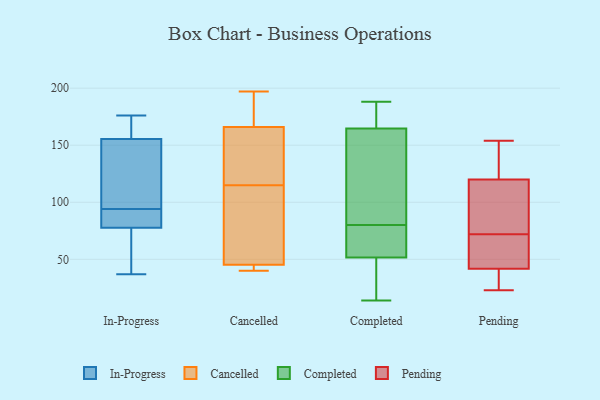
{"axis": {"x": "Tickets Resolved", "y": "Value"}, "legend": ["Cancelled", "Completed", "In-Progress", "Pending"], "data": [{"x": "", "y": 76, "type": "In-Progress"}, {"x": "", "y": 115, "type": "In-Progress"}, {"x": "", "y": 83, "type": "In-Progress"}, {"x": "", "y": 37, "type": "In-Progress"}, {"x": "", "y": 176, "type": "In-Progress"}, {"x": "", "y": 86, "type": "In-Progress"}, {"x": "", "y": 63, "type": "In-Progress"}, {"x": "", "y": 171, "type": "In-Progress"}, {"x": "", "y": 169, "type": "In-Progress"}, {"x": "", "y": 94, "type": "In-Progress"}, {"x": "", "y": 104, "type": "In-Progress"}, {"x": "", "y": 121, "type": "Cancelled"}, {"x": "", "y": 64, "type": "Cancelled"}, {"x": "", "y": 197, "type": "Cancelled"}, {"x": "", "y": 186, "type": "Cancelled"}, {"x": "", "y": 43, "type": "Cancelled"}, {"x": "", "y": 43, "type": "Cancelled"}, {"x": "", "y": 52, "type": "Cancelled"}, {"x": "", "y": 151, "type": "Cancelled"}, {"x": "", "y": 40, "type": "Cancelled"}, {"x": "", "y": 171, "type": "Cancelled"}, {"x": "", "y": 115, "type": "Cancelled"}, {"x": "", "y": 65, "type": "Completed"}, {"x": "", "y": 188, "type": "Completed"}, {"x": "", "y": 100, "type": "Completed"}, {"x": "", "y": 143, "type": "Completed"}, {"x": "", "y": 74, "type": "Completed"}, {"x": "", "y": 177, "type": "Completed"}, {"x": "", "y": 14, "type": "Completed"}, {"x": "", "y": 14, "type": "Completed"}, {"x": "", "y": 68, "type": "Completed"}, {"x": "", "y": 173, "type": "Completed"}, {"x": "", "y": 47, "type": "Completed"}, {"x": "", "y": 181, "type": "Completed"}, {"x": "", "y": 139, "type": "Completed"}, {"x": "", "y": 21, "type": "Completed"}, {"x": "", "y": 80, "type": "Completed"}, {"x": "", "y": 71, "type": "Completed"}, {"x": "", "y": 125, "type": "Completed"}, {"x": "", "y": 42, "type": "Completed"}, {"x": "", "y": 172, "type": "Completed"}, {"x": "", "y": 98, "type": "Pending"}, {"x": "", "y": 27, "type": "Pending"}, {"x": "", "y": 63, "type": "Pending"}, {"x": "", "y": 154, "type": "Pending"}, {"x": "", "y": 72, "type": "Pending"}, {"x": "", "y": 51, "type": "Pending"}, {"x": "", "y": 151, "type": "Pending"}, {"x": "", "y": 146, "type": "Pending"}, {"x": "", "y": 45, "type": "Pending"}, {"x": "", "y": 23, "type": "Pending"}, {"x": "", "y": 45, "type": "Pending"}, {"x": "", "y": 110, "type": "Pending"}, {"x": "", "y": 28, "type": "Pending"}, {"x": "", "y": 77, "type": "Pending"}, {"x": "", "y": 135, "type": "Pending"}, {"x": "", "y": 115, "type": "Pending"}, {"x": "", "y": 32, "type": "Pending"}]}